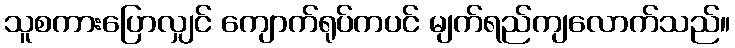
သူစကားပြောလျှင် ကျောက်ရုပ်ကပင် မျက်ရည်ကျလောက်သည်။